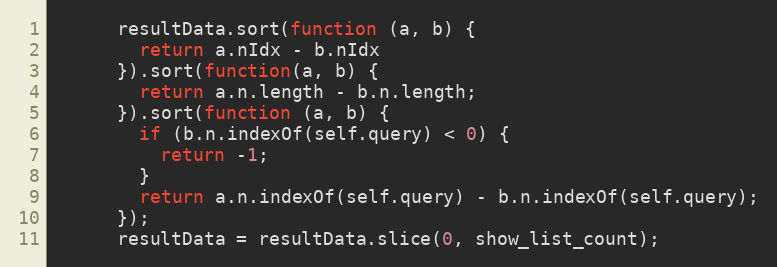
Language: JavaScript
      resultData.sort(function (a, b) {
        return a.nIdx - b.nIdx
      }).sort(function(a, b) {
        return a.n.length - b.n.length;
      }).sort(function (a, b) {
        if (b.n.indexOf(self.query) < 0) {
          return -1;
        }
        return a.n.indexOf(self.query) - b.n.indexOf(self.query);
      });
      resultData = resultData.slice(0, show_list_count);